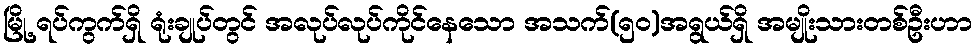
မြို့ ရပ်ကွက်ရှိ ရုံးချုပ်တွင် အလုပ်လုပ်ကိုင်နေသော အသက်(၅၀)အရွယ်ရှိ အမျိုးသားတစ်ဦးဟာ